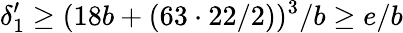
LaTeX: \delta_{1}^{\prime}\geq(18b+(63\cdot 22/2))^{3}/b\geq e/b